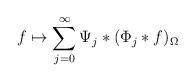
LaTeX: \begin{align*} f\mapsto\sum_{j=0}^\infty\Psi_j\ast(\Phi_j\ast f)_\Omega\end{align*}